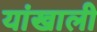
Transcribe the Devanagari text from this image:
यांखाली